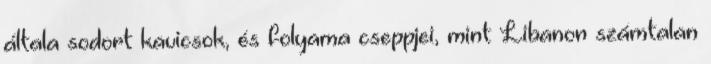
általa sodort kavicsok, és folyama cseppjei, mint Libanon számtalan